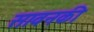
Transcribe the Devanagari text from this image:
सावनकी